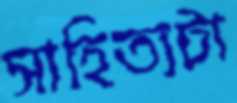
সাহিত্যটা